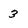
Character: 3